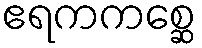
ဧရကကစ္ဆေ